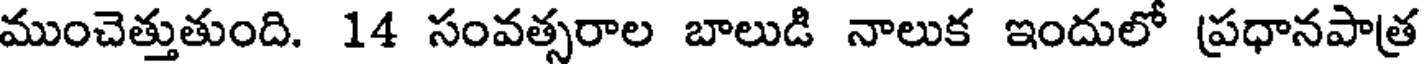
ముంచెత్తుతుంది. 14 సంవత్సరాల బాలుడి నాలుక ఇందులో ప్రధానపాత్ర